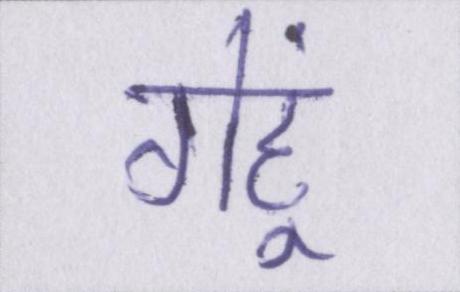
गेहूं